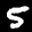
Label: 5